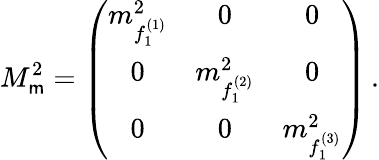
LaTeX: M_{\mathsf{m}}^{2}=\left(\begin{array}{ccc}{{m_{f_{1}^{(1)}}^{2}}}&{{0}}&{{0}}\\ {{0}}&{{m_{f_{1}^{(2)}}^{2}}}&{{0}}\\ {{0}}&{{0}}&{{m_{f_{1}^{(3)}}^{2}}}\end{array}\right)\, .